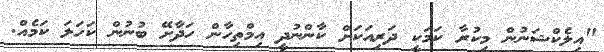
"އިލެކްޝަނުން މިކުރާ ކަމަކީ ދަރިއަކަށް ކާންނުދީ އިމްތިހާން ހަދާށޭ ބުނުން ކަހަލަ ކަމެއް.